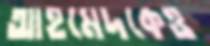
আহমেদকেও